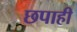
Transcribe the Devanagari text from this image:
छपाही